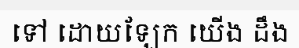
ទៅ ដោយឡែក យើង ដឹង